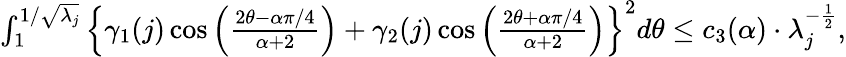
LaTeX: \begin{array}{r}{\int_{1}^{1/\sqrt{\lambda_{j}}}\left\{ \gamma_{1}(j)\cos\Big(\frac{2\theta-\alpha\pi/4}{\alpha+2}\Big)+\gamma_{2}(j)\cos\Big(\frac{2\theta+\alpha\pi/4}{\alpha+2}\Big)\right\} ^{2}d\theta\leq c_{3}(\alpha)\cdot\lambda_{j}^{-\frac{1}{2}},}\end{array}